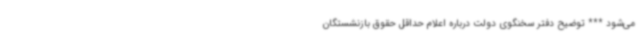
می‌شود *** توضیح دفتر سخنگوی دولت درباره اعلام حداقل حقوق بازنشستگان